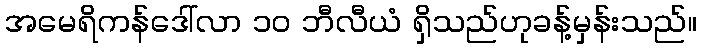
အမေရိကန်ဒေါ်လာ ၁၀ ဘီလီယံ ရှိသည်ဟုခန့်မှန်းသည်။